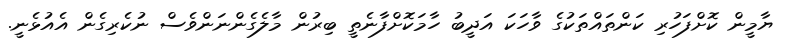
ޔާމީން ކޮށްފަހުރި ކަންތައްތަކުގެ ވާހަކަ އަދީބު ހާމަކޮށްފާނެތީ ބިރުން މާލެގެންނަންވެސް ނުކެރިގެން އެއުޅެނީ.